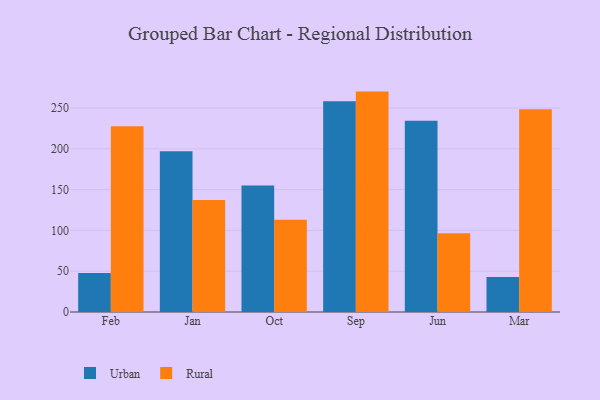
{"axis": {"x": "Month", "y": "Net Income (USD K)"}, "legend": ["Rural", "Urban"], "data": [{"x": "Feb", "y": 47.7, "type": "Urban"}, {"x": "Feb", "y": 227.7, "type": "Rural"}, {"x": "Jan", "y": 197.1, "type": "Urban"}, {"x": "Jan", "y": 137.2, "type": "Rural"}, {"x": "Oct", "y": 155.0, "type": "Urban"}, {"x": "Oct", "y": 113.0, "type": "Rural"}, {"x": "Sep", "y": 258.3, "type": "Urban"}, {"x": "Sep", "y": 270.1, "type": "Rural"}, {"x": "Jun", "y": 234.4, "type": "Urban"}, {"x": "Jun", "y": 96.5, "type": "Rural"}, {"x": "Mar", "y": 42.8, "type": "Urban"}, {"x": "Mar", "y": 248.6, "type": "Rural"}]}